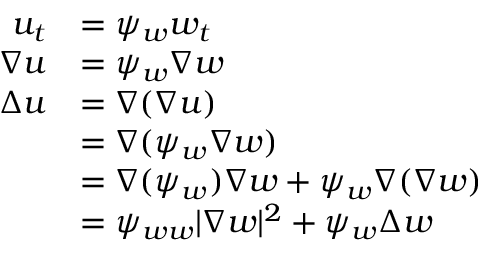
\begin{array} { r l } { u _ { t } } & { = \psi _ { w } w _ { t } } \\ { \nabla u } & { = \psi _ { w } \nabla w } \\ { \Delta u } & { = \nabla ( \nabla u ) } \\ & { = \nabla ( \psi _ { w } \nabla w ) } \\ & { = \nabla ( \psi _ { w } ) \nabla w + \psi _ { w } \nabla ( \nabla w ) } \\ & { = \psi _ { w w } \lvert \nabla w \rvert ^ { 2 } + \psi _ { w } \Delta w } \end{array}